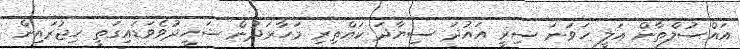
އައްސުލްތާން އަލީ ހަވަނަ ސިރީ އައުދަ ސިޔާދަ ކައްތިރި މަހާރަދުން ޝަހީދުވެވަޑައިގަތީ ހިޖުރައިން